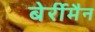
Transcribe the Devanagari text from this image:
बेर्रीमैन